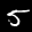
Label: 5